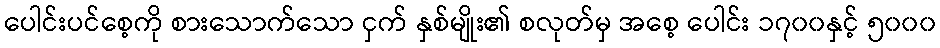
ပေါင်းပင်စေ့ကို စားသောက်သော ငှက် နှစ်မျိုး၏ စလုတ်မှ အစေ့ ပေါင်း ၁၇၀၀နှင့် ၅၀၀၀